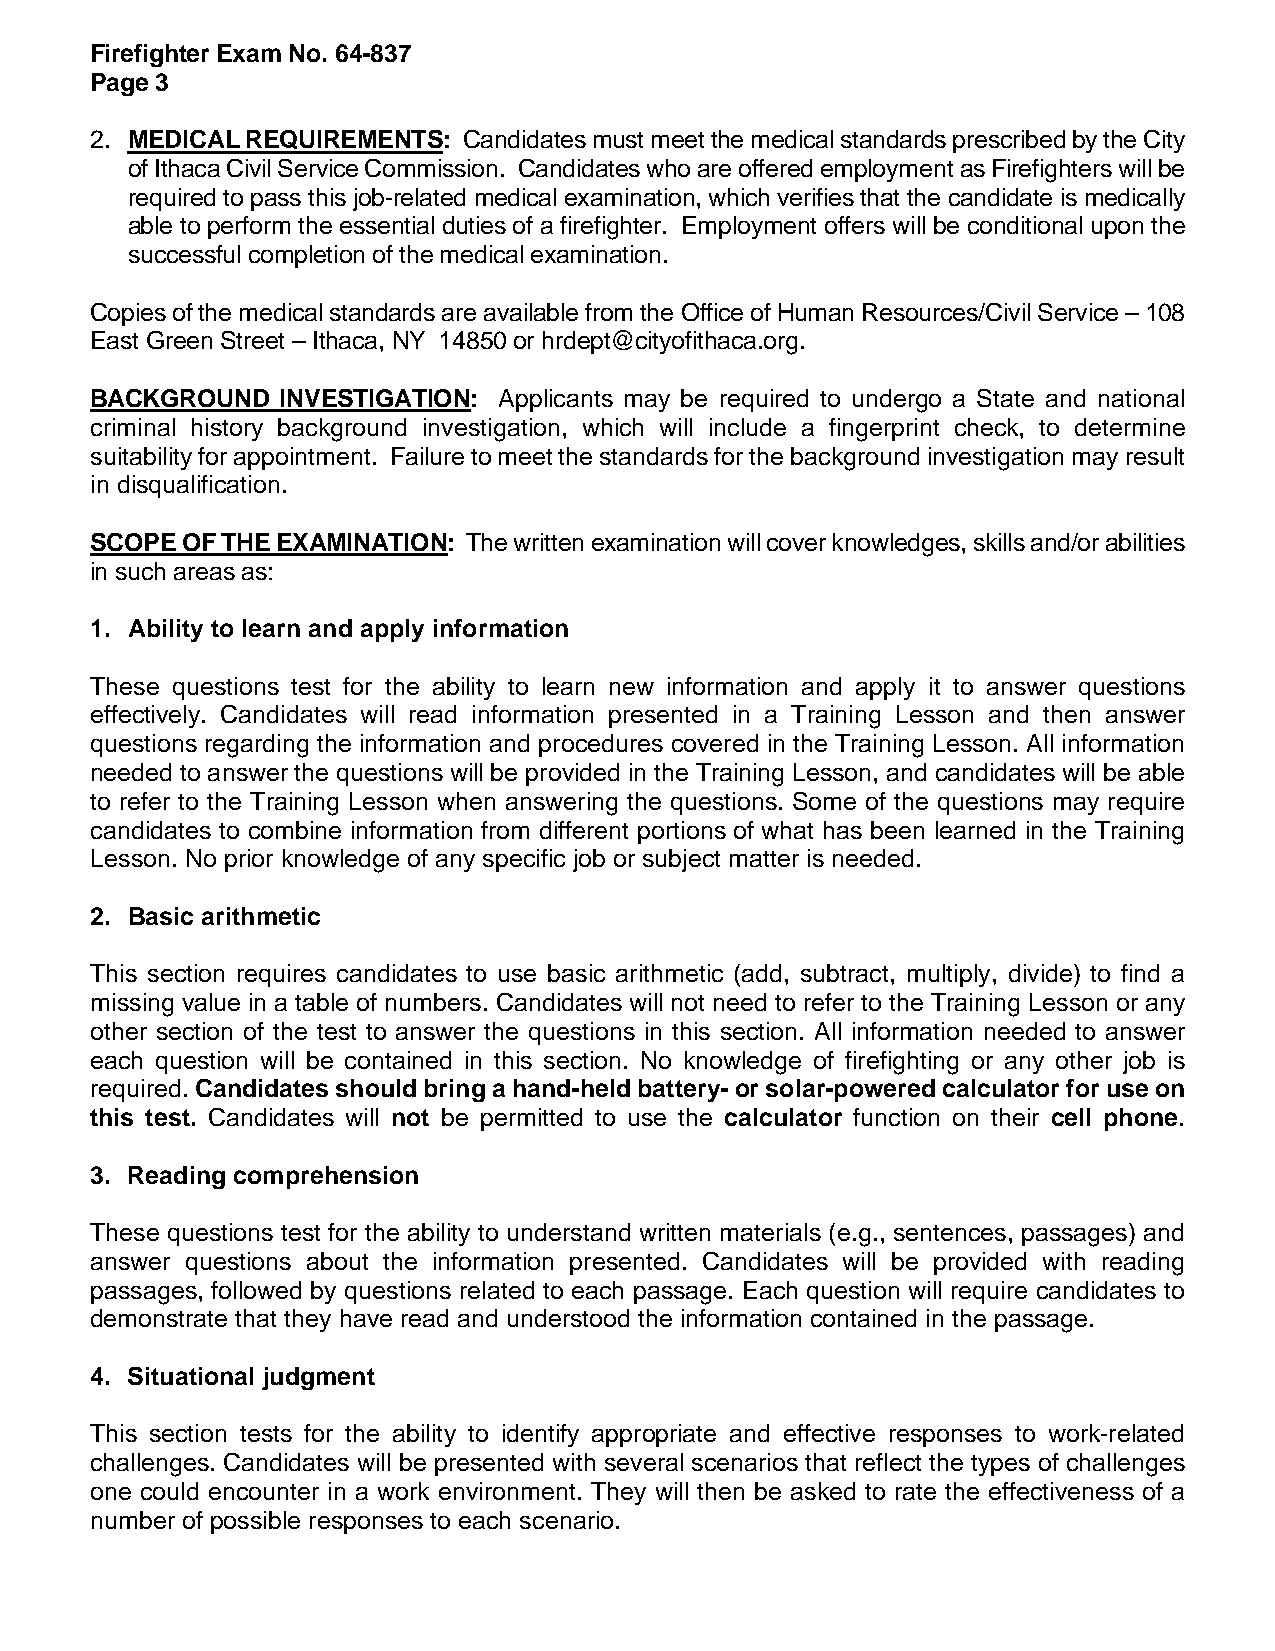
Firefighter Exam No. 64-837
 Page 3
 2. MEDICAL REQUIREMENTS: Candidates must meet the medical standards prescribed by the City
 of Ithaca Civil Service Commission. Candidates who are offered employment as Firefighters will be
 required to pass this job-related medical examination, which verifies that the candidate is medically
 able to perform the essential duties of a firefighter. Employment offers will be conditional upon the
 successful completion of the medical examination.
 Copies of the medical standards are available from the Office of Human Resources/Civil Service – 108
 East Green Street – Ithaca, NY 14850 or hrdept@cityofithaca.org.
 BACKGROUND   INVESTIGATION: Applicants may be required to undergo a State and national
 criminal history background investigation, which will include a fingerprint check, to determine
 suitability for appointment. Failure to meet the standards for the background investigation may result
 in disqualification.
 SCOPE OF THE EXAMINATION: The written examination will cover knowledges, skills and/or abilities
 in such areas as:
 1. Ability to learn and apply information
 These questions test for the ability to learn new information and apply it to answer questions
 effectively. Candidates will read information presented in a Training Lesson and then answer
 questions regarding the information and procedures covered in the Training Lesson. All information
 needed to answer the questions will be provided in the Training Lesson, and candidates will be able
 to refer to the Training Lesson when answering the questions. Some of the questions may require
 candidates to combine information from different portions of what has been learned in the Training
 Lesson. No prior knowledge of any specific job or subject matter is needed.
 2. Basic arithmetic
 This section requires candidates to use basic arithmetic (add, subtract, multiply, divide) to find a
 missing value in a table of numbers. Candidates will not need to refer to the Training Lesson or any
 other section of the test to answer the questions in this section. All information needed to answer
 each question will be contained in this section. No knowledge of firefighting or any other job is
 required. Candidates should bring a hand-held battery- or solar-powered calculator for use on
 this test. Candidates will not be permitted to use the calculator function on their cell phone.
 3. Reading comprehension
 These questions test for the ability to understand written materials (e.g., sentences, passages) and
 answer questions about the information presented. Candidates will be provided with reading
 passages, followed by questions related to each passage. Each question will require candidates to
 demonstrate that they have read and understood the information contained in the passage.
 4. Situational judgment
 This section tests for the ability to identify appropriate and effective responses to work-related
 challenges. Candidates will be presented with several scenarios that reflect the types of challenges
 one could encounter in a work environment. They will then be asked to rate the effectiveness of a
 number of possible responses to each scenario.